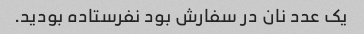
یک عدد نان در سفارش بود نفرستاده بودید.